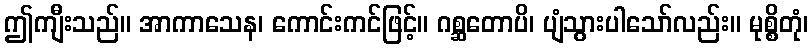
ဤကျီးသည်။ အာကာသေန၊ ကောင်းကင်ဖြင့်။ ဂစ္ဆတောပိ၊ ပျံသွားပါသော်လည်း။ မုစ္စိတုံ၊